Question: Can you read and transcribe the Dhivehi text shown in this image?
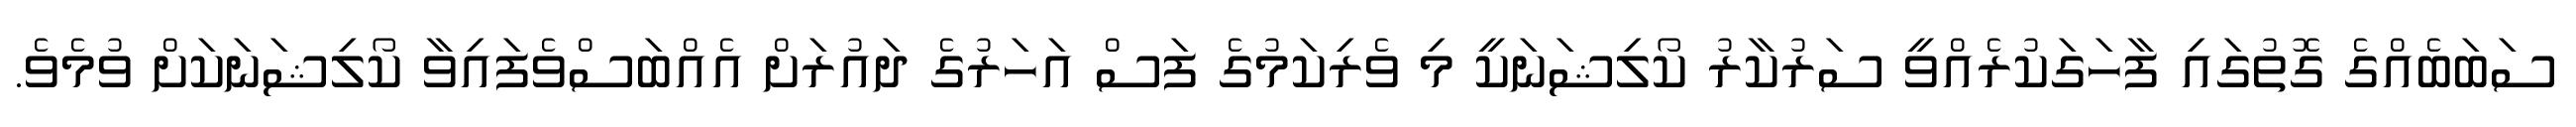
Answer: ސަބަބެއްގެ ގޮތުގައި ފާހަގަކުރެއްވީ ސަރުކާރު ކޯލިޝަނަކީ މި ވެރިކަމުގެ ފަސް އަހަރުގެ ދައުރަށް އެއްބަސްވެފައިވާ ކޯލިޝަނަކަށް ވުމެވެ.